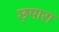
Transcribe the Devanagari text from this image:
छ्पारा